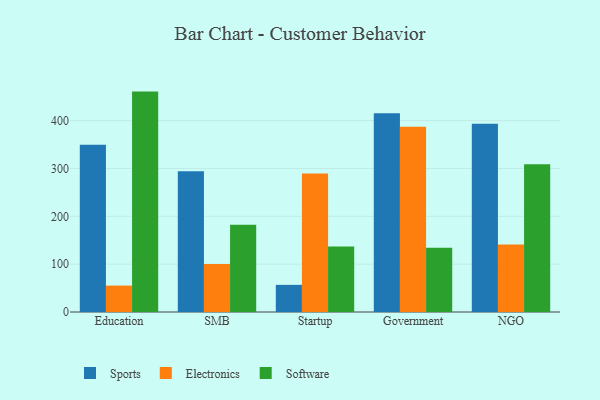
{"axis": {"x": "Segment", "y": "Revenue (USD Million)"}, "legend": ["Electronics", "Software", "Sports"], "data": [{"x": "Education", "y": 349.6, "type": "Sports"}, {"x": "Education", "y": 55.2, "type": "Electronics"}, {"x": "Education", "y": 460.6, "type": "Software"}, {"x": "SMB", "y": 294.2, "type": "Sports"}, {"x": "SMB", "y": 100.2, "type": "Electronics"}, {"x": "SMB", "y": 182.2, "type": "Software"}, {"x": "Startup", "y": 56.7, "type": "Sports"}, {"x": "Startup", "y": 289.7, "type": "Electronics"}, {"x": "Startup", "y": 136.8, "type": "Software"}, {"x": "Government", "y": 415.3, "type": "Sports"}, {"x": "Government", "y": 387.3, "type": "Electronics"}, {"x": "Government", "y": 134.1, "type": "Software"}, {"x": "NGO", "y": 393.6, "type": "Sports"}, {"x": "NGO", "y": 141.1, "type": "Electronics"}, {"x": "NGO", "y": 308.7, "type": "Software"}]}